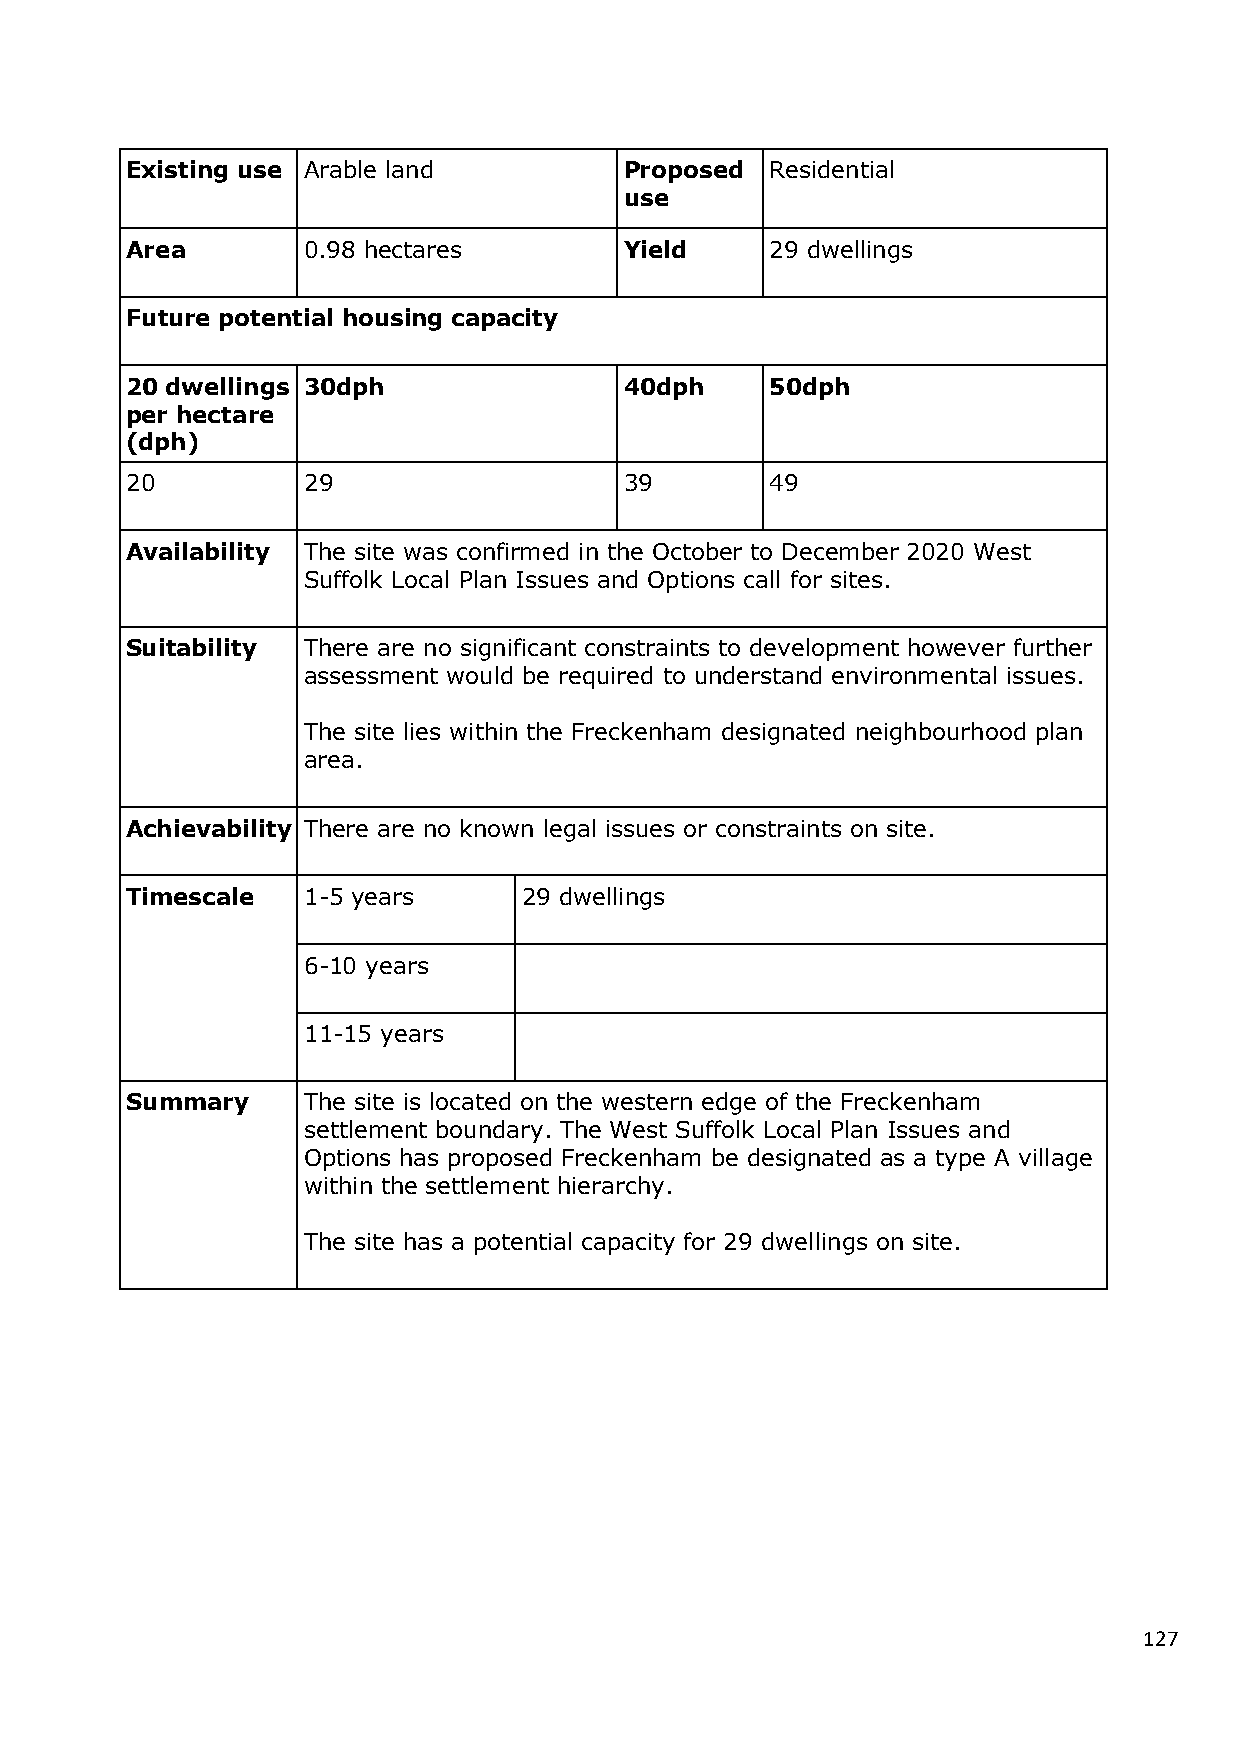
Existing use Arable land         Proposed  Residential
 use
 Area        0.98 hectares        Yield     29 dwellings
 Future potential housing capacity
 20 dwellings 30dph               40dph     50dph
 per hectare
 (dph)
 20          29                   39        49
 Availability The site was confirmed in the October to December 2020 West
 Suffolk Local Plan Issues and Options call for sites.
 Suitability There are no significant constraints to development however further
 assessment would be required to understand environmental issues.
 The site lies within the Freckenham designated neighbourhood plan
 area.
 Achievability There are no known legal issues or constraints on site.
 Timescale   1-5 years      29 dwellings
 6-10 years
 11-15 years
 Summary     The site is located on the western edge of the Freckenham
 settlement boundary. The West Suffolk Local Plan Issues and
 Options has proposed Freckenham be designated as a type A village
 within the settlement hierarchy.
 The site has a potential capacity for 29 dwellings on site.
 127